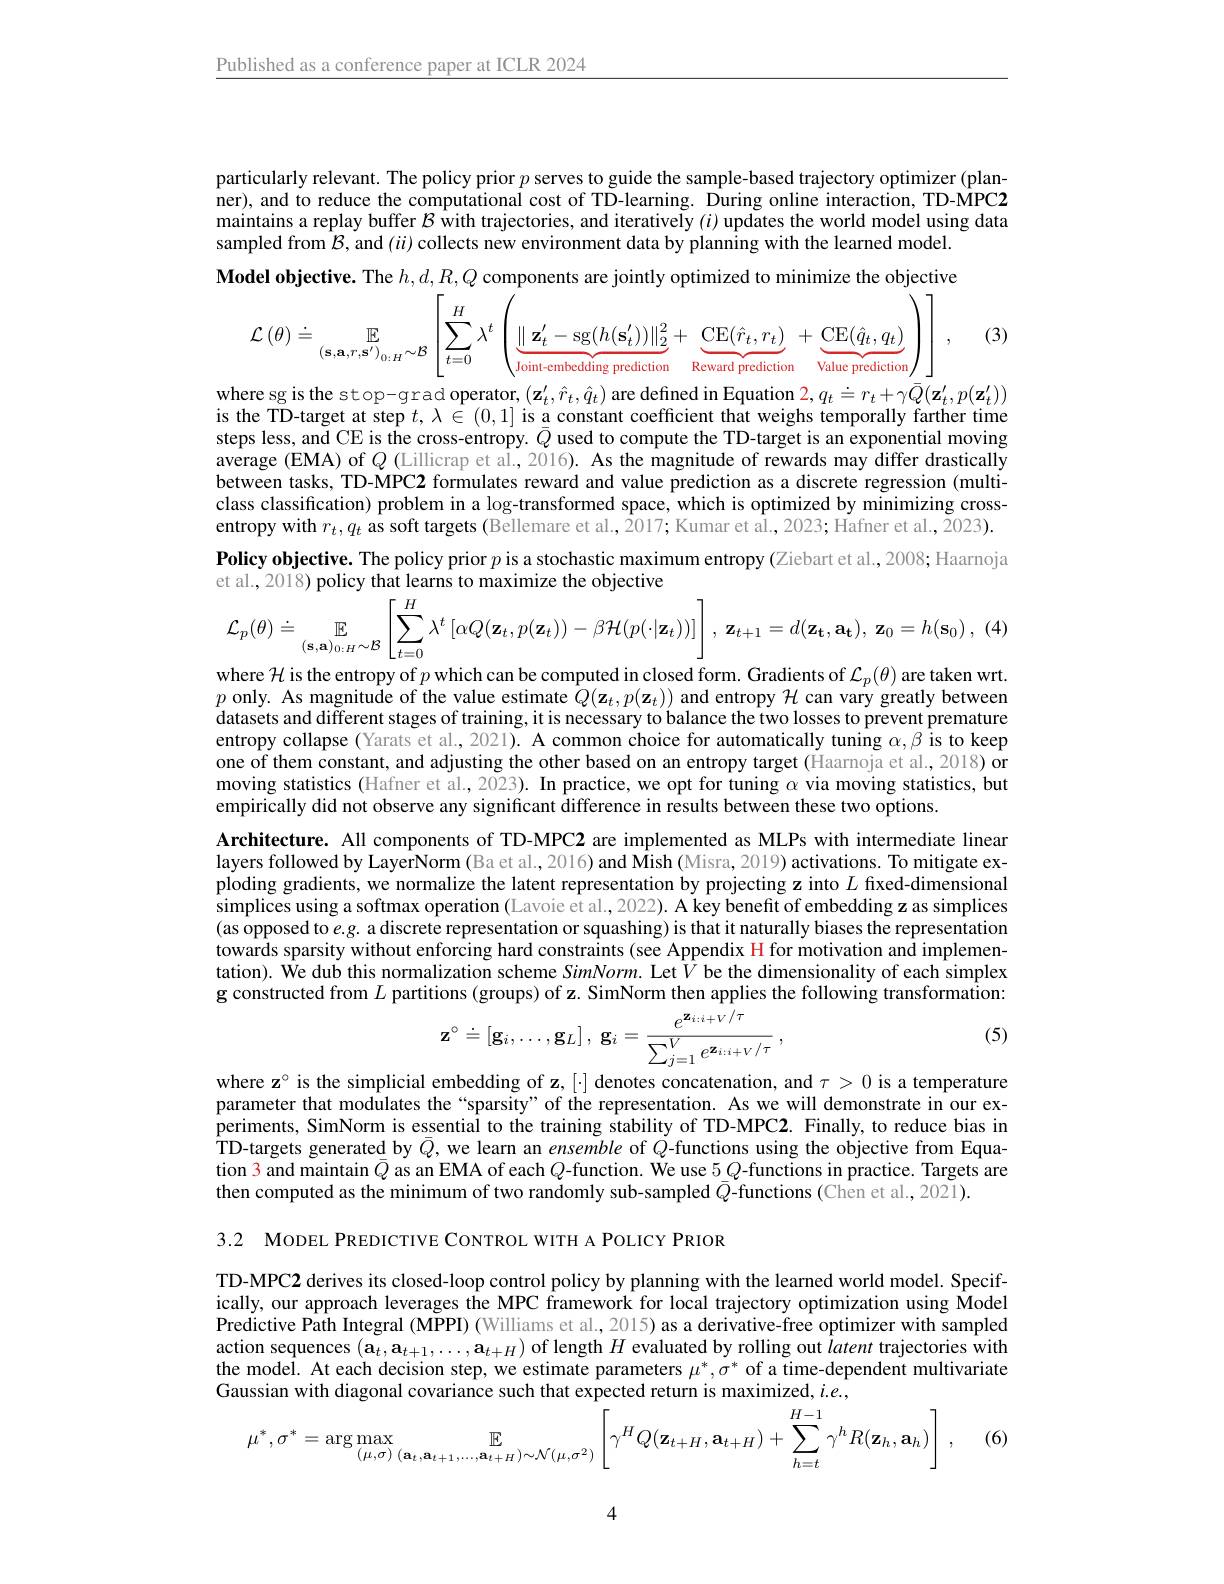
Published as a conference paper at ICLR 2024

particularly relevant. The policy prior $p$ serves to guide the sample-based trajectory optimizer (planner), and to reduce the computational cost of TD-learning. During online interaction, TD-MPC2 maintains a replay buffer $\mathcal{B}$ with trajectories, and iteratively $(i)$ updates the world model using data sampled from $\mathcal{B}$, and $(ii)$ collects new environment data by planning with the learned model.
$$\mathcal{L}\left(\theta\right)\doteq\mathbb{E}_{(\mathbf{s},\mathbf{a},r,\mathbf{s}^{\prime})_{0:H}\sim\mathcal{B}}\left[\sum_{t=0}^{H}\lambda^{t}\left(\underbrace{\|\mathbf{z}_{t}^{\prime}-\mathrm{sg}(h(\mathbf{s}_{t}^{\prime}))\|_{2}^{2}}_{\text{Joint-embedding prediction}}+\underbrace{\mathrm{CE}(\hat{r}_{t},r_{t})}_{\text{Reward prediction}}+\underbrace{\mathrm{CE}(\hat{q}_{t},q_{t})}_{\text{Value prediction}}\right)\right],$$
where sg is the stop-grad operator, $(\mathbf{z}_t^{\prime},\hat{r}_t,\hat{q}_t)$ are defined in Equation $\color{red}2,q_t\doteq r_t+\gamma\bar{Q}(\mathbf{z}_t^{\prime},p(\mathbf{z}_t^{\prime}))$

(3)

is the TD-target at step $t,\lambda\in(0,1]$ is a constant coefficient that weighs temporally farther time steps less, and CE is the cross-entropy. $\bar{Q}$ used to compute the TD-target is an exponential moving average (EMA) of $Q$ (Lillicrap et al., 2016). As the magnitude of rewards may differ drastically between tasks, TD-MPC2 formulates reward and value prediction as a discrete regression (multiclass classification) problem in a $\log$-transformed space, which is optimized by minimizing crossentropy with $r_t,q_t$ as soft targets (Bellemare et al.,2017; Kumar et al.,2023; Hafner et al.,2023). Policy objective. The policy prior $p$ is a stochastic maximum entropy (Ziebart et al., 2008; Haarnoja et al., 2018) policy that learns to maximize the objective
$$\mathcal{L}_{p}(\theta)\doteq\mathbb{E}_{(\mathbf{s},\mathbf{a})_{0:H}\sim\mathcal{B}}\left[\sum_{t=0}^{H}\lambda^{t}\left[\alpha Q(\mathbf{z}_{t},p(\mathbf{z}_{t}))-\beta\mathcal{H}(p(\cdot|\mathbf{z}_{t}))\right]\right],\:\mathbf{z}_{t+1}=d(\mathbf{z}_{\mathbf{t}},\mathbf{a}_{\mathbf{t}}),\:\mathbf{z}_{0}=h(\mathbf{s}_{0})\:,$$
where $\mathcal{H}$ is the entropy of $p$ which can be computed in closed form. Gradients of $\mathcal{L}_p(\theta)$ are taken wrt. $p$ only. As magnitude of the value estimate $Q(\mathbf{z}_t,p(\mathbf{z}_t))$ and entropy $\mathcal{H}$ can vary greatly between datasets and different stages of training, it is necessary to balance the two losses to prevent premature entropy collapse (Yarats et al., 2021). A common choice for automatically tuning $\alpha,\beta$ is to keep one of them constant, and adjusting the other based on an entropy target (Haarnoja et al., 2018) or moving statistics (Hafner et al., 2023). In practice, we opt for tuning $\alpha$ via moving statistics, but empirically did not observe any significant difference in results between these two options.
Architecture. All components of TD-MPC2 are implemented as MLPs with intermediate linear layers followed by LayerNorm (Ba et al., 2016) and Mish (Misra, 2019) activations. To mitigate exploding gradients, we normalize the latent representation by projecting z into $L$ fixed-dimensional simplices using a softmax operation (Lavoie et al., 2022). A key benefit of embedding z as simplices (as opposed to $e.g.$ a discrete representation or squashing) is that it naturally biases the representation towards sparsity without enforcing hard constraints (see Appendix H for motivation and implementation). We dub this normalization scheme Si$mNorm.$ Let $\bar{V}$ be the dimensionality of each simplex $\mathbf{g}$ constructed from $L$ partitions (groups) of z. SimNorm then applies the following transformation:
$$\mathbf{z}^{\circ}\doteq\left[\mathbf{g}_{i},\ldots,\mathbf{g}_{L}\right],\:\mathbf{g}_{i}=\frac{e^{\mathbf{z}_{i:i+V}/\tau}}{\sum_{j=1}^{V}e^{\mathbf{z}_{i:i+V}/\tau}}\:,$$
(5)

where z° is the simplicial embedding of z, [·] denotes concatenation, and $\tau>0$ is a temperature parameter that modulates the“sparsity”of the representation. As we will demonstrate in our experiments, SimNorm is essential to the training stability of TD-MPC2. Finally, to reduce bias in TD-targets generated by $\bar{Q}$,we learn an ensemble of $Q$-functions using the objective from Equation 3 and maintain $\bar{Q}$ as an EMA of each $Q$-function. We use $5Q$-functions in practice. Targets are then computed as the minimum of two randomly sub-sampled $\bar{Q}$-functions (Chen et al.,2021).

3.2 MODEL PREDICTIVE CONTROL WITH A POLICY PRIOR

TD-MPC2 derives its closed-loop control policy by planning with the learned world model. Specifically, our approach leverages the MPC framework for local trajectory optimization using Model Predictive Path Integral (MPPI) (Williams et al., 2015) as a derivative-free optimizer with sampled action sequences $(\mathbf{a}_t,\mathbf{a}_{t+1},\ldots,\mathbf{a}_{t+H})$ of length $H$ evaluated by rolling out latent trajectories with the model. At each decision step, we estimate parameters $\mu^*,\sigma^*$ of a time-dependent multivariate Gaussian with diagonal covariance such that expected return is maximized, $i.e.$,
$$\mu^{*},\sigma^{*}=\arg\max_{(\mu,\sigma)\:(\mathbf{a}_{t},\mathbf{a}_{t+1},\ldots,\mathbf{a}_{t+H})\sim\mathcal{N}(\mu,\sigma^{2})}\left[\gamma^{H}Q(\mathbf{z}_{t+H},\mathbf{a}_{t+H})+\sum_{h=t}^{H-1}\gamma^{h}R(\mathbf{z}_{h},\mathbf{a}_{h})\right]\:,$$
(6)

4